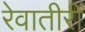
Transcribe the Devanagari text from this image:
रेवातीरीं